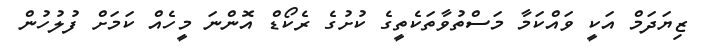
ޒިޔަދަމް އަކީ ވައްކަމާ މަސްތުވާތަކެތީގެ ކުށުގެ ރެކޯޑް އޮންނަ މީހެއް ކަމަށް ފުލުހުން